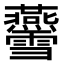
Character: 𤓨